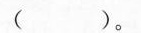
（ )。